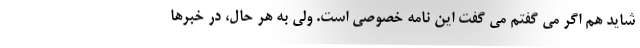
شاید هم اگر می گفتم می گفت این نامه خصوصی است. ولی به هر حال، در خبرها